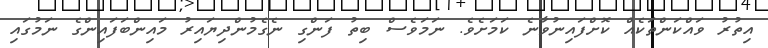
އިތުރު ވައްކަންތަކެއް ކޮށްފައިނުވާނެ ކަމަށެވެ. ނަމަވެސް ބިތު ފަންގި ނެގެމުންދިޔައިރު މައިންބަފައިންގެ ނަމުގައި